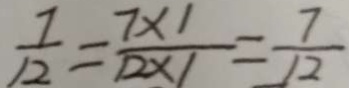
\frac { 7 } { 1 2 } = \frac { 7 \times 1 } { 1 2 \times 1 } = \frac { 7 } { 1 2 }